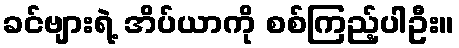
ခင်ဗျားရဲ့ အိပ်ယာကို စစ်ကြည့်ပါဦး။